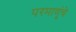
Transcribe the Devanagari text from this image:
परमाणूंचे